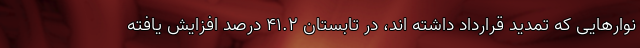
نوارهایی که تمدید قرارداد داشته اند، در تابستان ۴۱.۲ درصد افزایش یافته